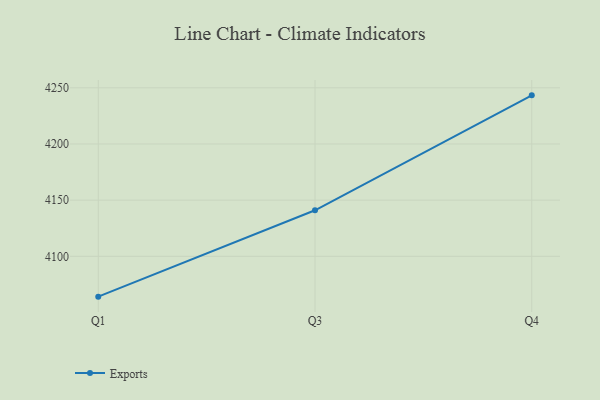
{"axis": {"x": "Quarter", "y": "Net Income (USD K)"}, "legend": ["Exports"], "data": [{"x": "Q1", "y": 4064.1, "type": "Exports"}, {"x": "Q3", "y": 4141.0, "type": "Exports"}, {"x": "Q4", "y": 4243.3, "type": "Exports"}]}